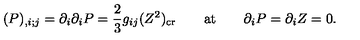
( P ) _ { , i ; j } = \partial _ { i } \partial _ { i } P = { \frac { 2 } { 3 } } g _ { i j } ( Z ^ { 2 } ) _ { \mathrm { c r } } \qquad \mathrm { a t } \qquad \partial _ { i } P = \partial _ { i } Z = 0 .